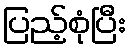
ပြည့်စုံပြီး